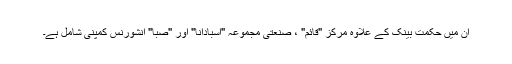
ان میں حکمت بینک کے علاوہ مرکزِ "قائم" ، صنعتی مجموعہ "اسبادانا" اور "صبا" انشورنس کمپنی شامل ہے۔